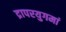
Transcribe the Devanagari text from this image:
द्रापरयुगमां